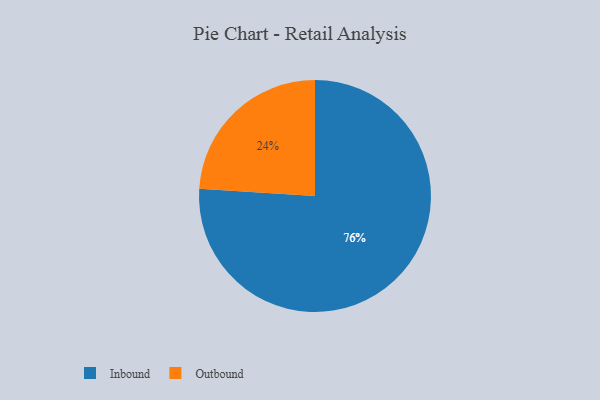
{"axis": {"x": "Category", "y": "Percentage"}, "legend": ["Inbound", "Outbound"], "data": [{"x": "Inbound", "y": 76, "type": "Inbound"}, {"x": "Outbound", "y": 24, "type": "Outbound"}]}